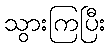
သွားကြပြီး